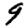
Digit: 9